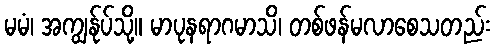
မမံ၊ အကျွန်ုပ်သို့။ မာပုနရာဂမာသိ၊ တစ်ဖန်မလာစေသတည်း